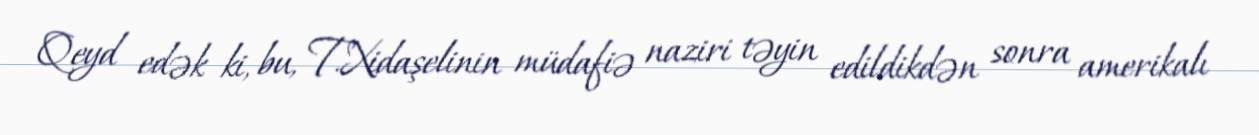
Qeyd edək ki, bu, T.Xidaşelinin müdafiə naziri təyin edildikdən sonra amerikalı